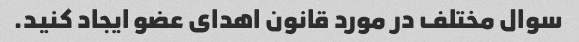
سوال مختلف در مورد قانون اهدای عضو ایجاد کنید.